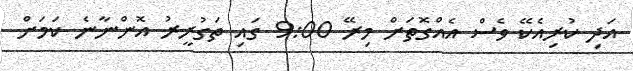
އަދި ކުރިއެކޭ ވެސް އެއްގޮތަށް މިރޭ 9:00 ގައި ތަގުރީރު އޮންނާނެ ކަމަށް